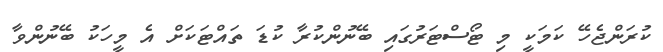
ކުރަންޖެހޭ ކަމަކީ މި ޓޯސްޓަރުގައި ބޭނުންކުރާ ކުޑަ ތައްޓަކަށް އެ މީހަކު ބޭނުންވާ